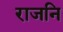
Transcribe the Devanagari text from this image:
राजनि